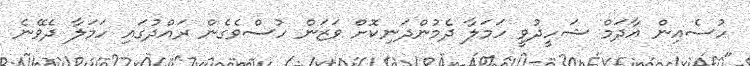
ހުސެއިން އާދަމް ޝަހީދުވީ ހަމަލާ ދެމުންދަނިކޮށް ވަޒަން ހުސްވެގެން ރައްދުގައި ހަމަލާ ދެވޭނެ